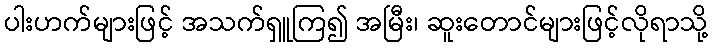
ပါးဟက်များဖြင့် အသက်ရှူကြ၍ အမြီး၊ ဆူးတောင်များဖြင့်လိုရာသို့